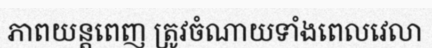
ភាពយន្តពេញ ត្រូវចំណាយទាំងពេលវេលា